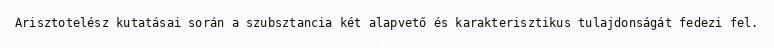
Arisztotelész kutatásai során a szubsztancia két alapvető és karakterisztikus tulajdonságát fedezi fel.